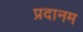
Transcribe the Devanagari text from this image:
प्रदानम